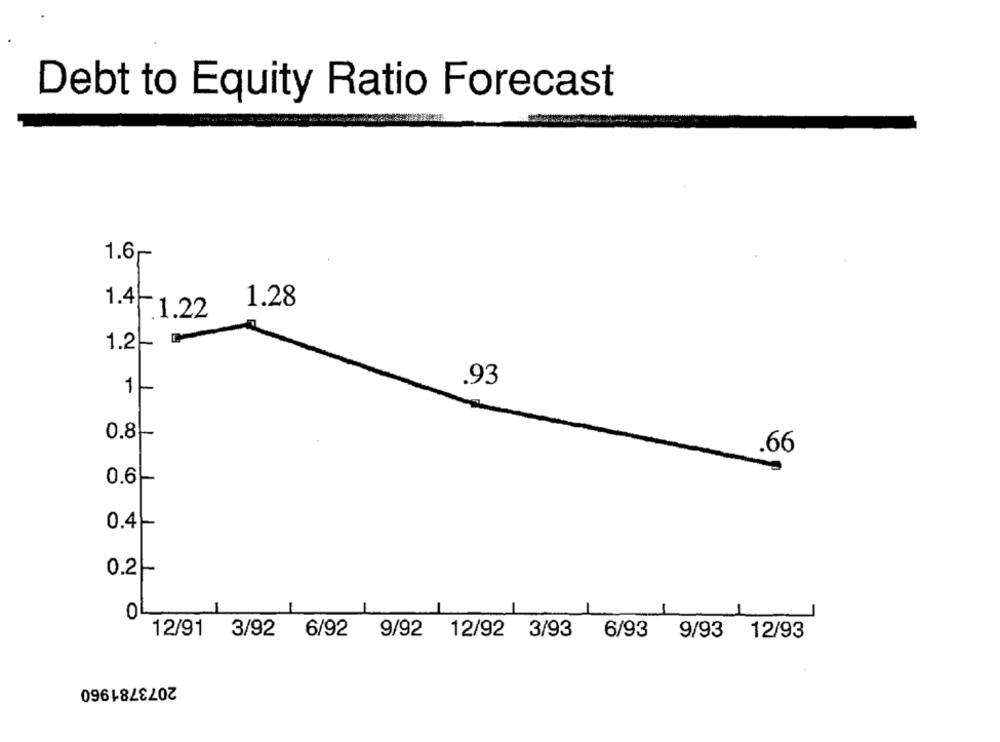
Debt to Equity Ratio Forecast
1.6~
1.4|
1.28
1.22
1.2
.93
1
0.8
.66
0.6-
0.4
0.2-
OL
12/91 3/92 6/92
9/92 12/92 3/93 6/93 9/93 12/93
2073781960